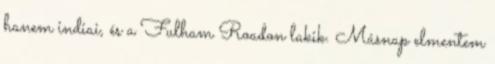
hanem indiai, és a Fulham Roadon lakik. Másnap elmentem